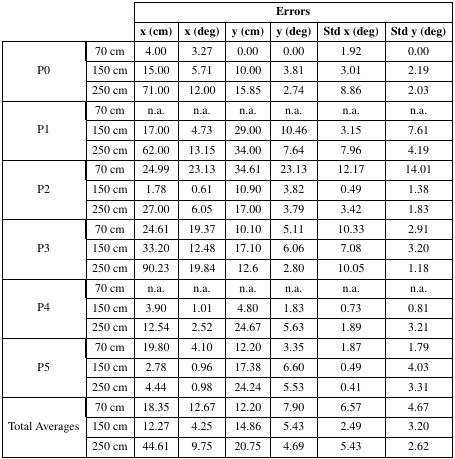
<table><thead><tr><td rowspan="2" colspan="2"></td><td colspan="6"><b>Errors</b></td></tr><tr><td><b>x (cm)</b></td><td><b>x (deg)</b></td><td><b>y (cm)</b></td><td><b>y (deg)</b></td><td><b>Std x (deg)</b></td><td><b>Std y (deg)</b></td></tr></thead><tbody><tr><td rowspan="3">P0</td><td>70 cm</td><td>4.00</td><td>3.27</td><td>0.00</td><td>0.00</td><td>1.92</td><td>0.00</td></tr><tr><td>150 cm</td><td>15.00</td><td>5.71</td><td>10.00</td><td>3.81</td><td>3.01</td><td>2.19</td></tr><tr><td>250 cm</td><td>71.00</td><td>12.00</td><td>15.85</td><td>2.74</td><td>8.86</td><td>2.03</td></tr><tr><td rowspan="3">P1</td><td>70 cm</td><td>n.a.</td><td>n.a.</td><td>n.a.</td><td>n.a.</td><td>n.a.</td><td>n.a.</td></tr><tr><td>150 cm</td><td>17.00</td><td>4.73</td><td>29.00</td><td>10.46</td><td>3.15</td><td>7.61</td></tr><tr><td>250 cm</td><td>62.00</td><td>13.15</td><td>34.00</td><td>7.64</td><td>7.96</td><td>4.19</td></tr><tr><td rowspan="3">P2</td><td>70 cm</td><td>24.99</td><td>23.13</td><td>34.61</td><td>23.13</td><td>12.17</td><td>14.01</td></tr><tr><td>150 cm</td><td>1.78</td><td>0.61</td><td>10.90</td><td>3.82</td><td>0.49</td><td>1.38</td></tr><tr><td>250 cm</td><td>27.00</td><td>6.05</td><td>17.00</td><td>3.79</td><td>3.42</td><td>1.83</td></tr><tr><td rowspan="3">P3</td><td>70 cm</td><td>24.61</td><td>19.37</td><td>10.10</td><td>5.11</td><td>10.33</td><td>2.91</td></tr><tr><td>150 cm</td><td>33.20</td><td>12.48</td><td>17.10</td><td>6.06</td><td>7.08</td><td>3.20</td></tr><tr><td>250 cm</td><td>90.23</td><td>19.84</td><td>12.6</td><td>2.80</td><td>10.05</td><td>1.18</td></tr><tr><td rowspan="3">P4</td><td>70 cm</td><td>n.a.</td><td>n.a.</td><td>n.a.</td><td>n.a.</td><td>n.a.</td><td>n.a.</td></tr><tr><td>150 cm</td><td>3.90</td><td>1.01</td><td>4.80</td><td>1.83</td><td>0.73</td><td>0.81</td></tr><tr><td>250 cm</td><td>12.54</td><td>2.52</td><td>24.67</td><td>5.63</td><td>1.89</td><td>3.21</td></tr><tr><td rowspan="3">P5</td><td>70 cm</td><td>19.80</td><td>4.10</td><td>12.20</td><td>3.35</td><td>1.87</td><td>1.79</td></tr><tr><td>150 cm</td><td>2.78</td><td>0.96</td><td>17.38</td><td>6.60</td><td>0.49</td><td>4.03</td></tr><tr><td>250 cm</td><td>4.44</td><td>0.98</td><td>24.24</td><td>5.53</td><td>0.41</td><td>3.31</td></tr><tr><td rowspan="3">Total Averages</td><td>70 cm</td><td>18.35</td><td>12.67</td><td>12.20</td><td>7.90</td><td>6.57</td><td>4.67</td></tr><tr><td>150 cm</td><td>12.27</td><td>4.25</td><td>14.86</td><td>5.43</td><td>2.49</td><td>3.20</td></tr><tr><td>250 cm</td><td>44.61</td><td>9.75</td><td>20.75</td><td>4.69</td><td>5.43</td><td>2.62</td></tr></tbody></table>